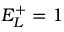
E _ { L } ^ { + } = 1